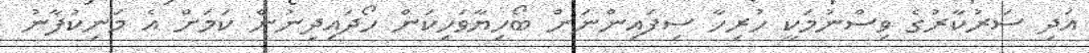
އަދި ސަރުކާރުގެ ވިސްނުމަކީ ހުރިހާ ސިފައިންނަށް ބޯހިޔާވަހިކަން ހޯދައިދިނުން ކަމަށް އެ މަނިކުފާނު